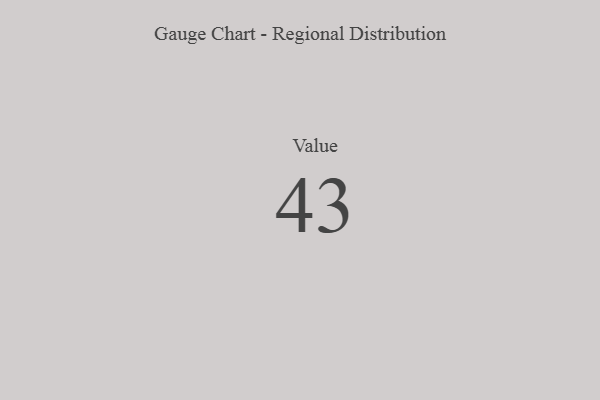
{"axis": {"x": "Metric", "y": "Value"}, "legend": [""], "data": [{"x": "Value", "y": 43, "type": ""}]}